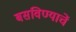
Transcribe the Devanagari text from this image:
बसविण्याचें